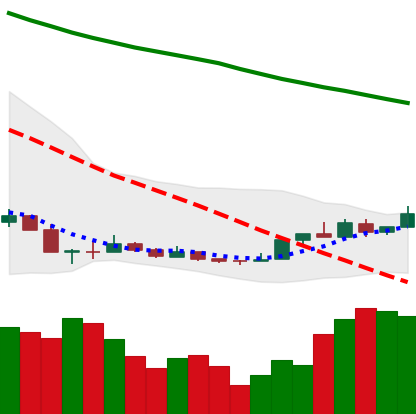
Ticker: NEO-USD
Chart end date: 2018-12-23
Forward return: 3.667%
Label: up_3_5